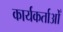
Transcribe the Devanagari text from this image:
कार्यकर्ताओँ